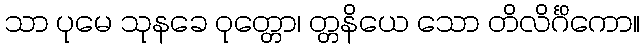
သာ ပုမေ သုနခေ ဝုတ္တော၊ တ္တနိယေ သော တိလိင်္ဂိကော။